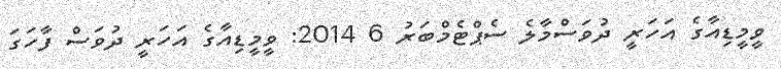
ވީމީޑިއާގެ އަހަރީ ދުވަސްމާލެ ސެޕްޓެމްބަރު 6 2014: ވީމީޑިއާގެ އަހަރީ ދުވަސް ފާހަގަ